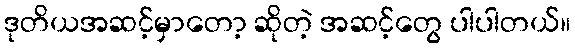
ဒုတိယအဆင့်မှာတော့ ဆိုတဲ့ အဆင့်တွေ ပါပါတယ်။